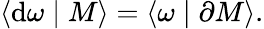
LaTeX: \langle\mathrm{d}\omega\mid M\rangle=\langle\omega\mid\partial M\rangle.